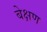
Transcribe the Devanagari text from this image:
बेक्षण